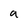
Character: a